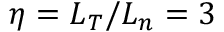
\eta = L _ { T } / L _ { n } = 3